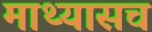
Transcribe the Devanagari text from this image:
माथ्यासच